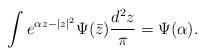
LaTeX: \begin{align*}\int e^{\alpha z-|z|^2} \Psi(\bar{z}) {d^2 z \over \pi} =\Psi(\alpha).\end{align*}